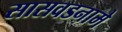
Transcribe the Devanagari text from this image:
सासवडनामे